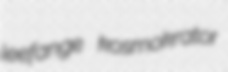
leefange kosmokrator